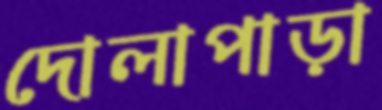
দোলাপাড়া